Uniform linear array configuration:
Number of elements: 48
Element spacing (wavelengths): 1
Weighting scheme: blackman
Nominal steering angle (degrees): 60
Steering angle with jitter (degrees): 59.737
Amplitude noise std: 0.05
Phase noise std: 0.05

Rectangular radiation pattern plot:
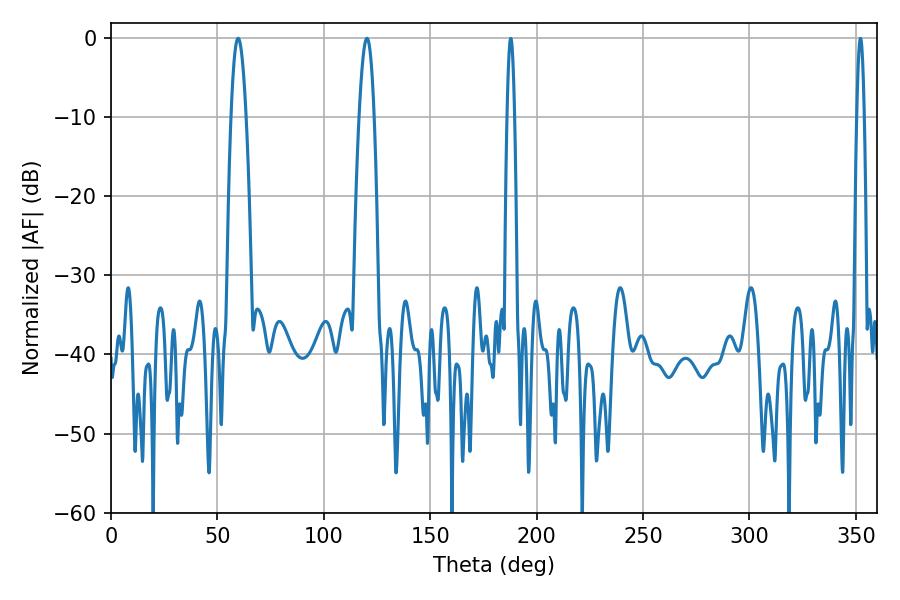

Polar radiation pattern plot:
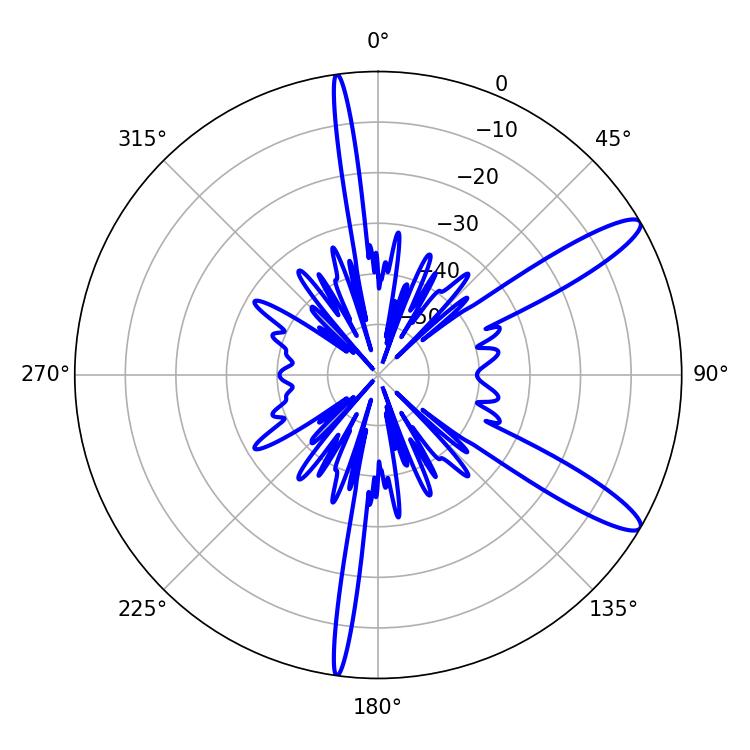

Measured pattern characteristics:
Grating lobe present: TRUE
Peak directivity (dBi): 12.324
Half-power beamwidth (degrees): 3.78
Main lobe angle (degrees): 59.76